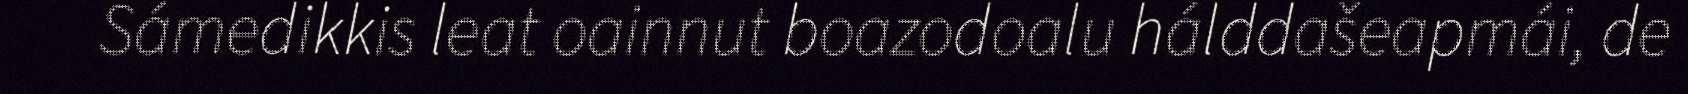
Sámedikkis leat oainnut boazodoalu hálddašeapmái, de